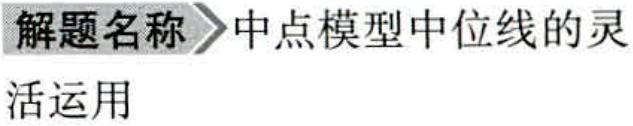
解题名称 \(\rhd\) 中点模型中位线的灵

活运用